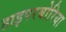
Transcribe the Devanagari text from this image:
हाइपरबोरिया